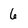
Character: 6